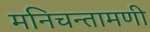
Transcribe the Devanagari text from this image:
मनिचन्तामणी